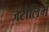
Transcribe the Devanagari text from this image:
जरोलिम